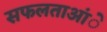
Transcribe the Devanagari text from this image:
सफलताआंे